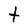
Character: t